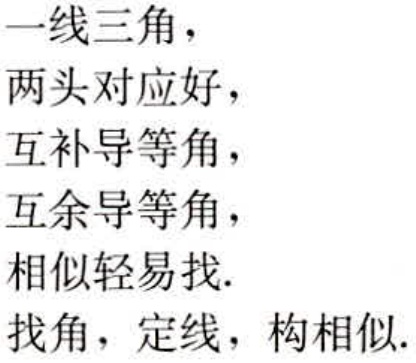
一线三角，
两头对应好，
互补导等角，
互余导等角，
相似轻易找.
找角，定线，构相似.